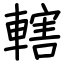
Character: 轄